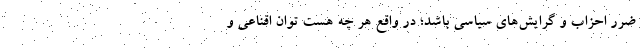
ضرر احزاب و گرایش‌های سیاسی باشد؛ در واقع هر چه هست توان اقناعی و